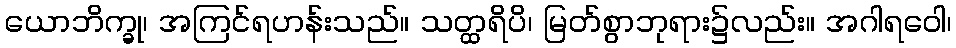
ယောဘိက္ခု၊ အကြင်ရဟန်းသည်။ သတ္ထရိပိ၊ မြတ်စွာဘုရား၌လည်း။ အဂါရဝေါ၊